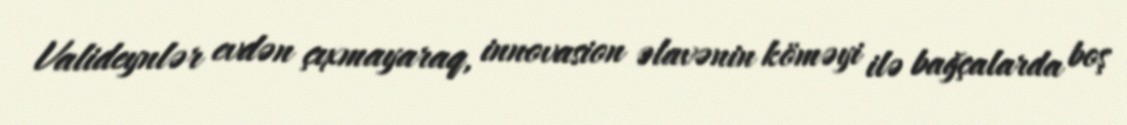
Valideynlər evdən çıxmayaraq, innovasion əlavənin köməyi ilə bağçalarda boş